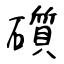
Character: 礩